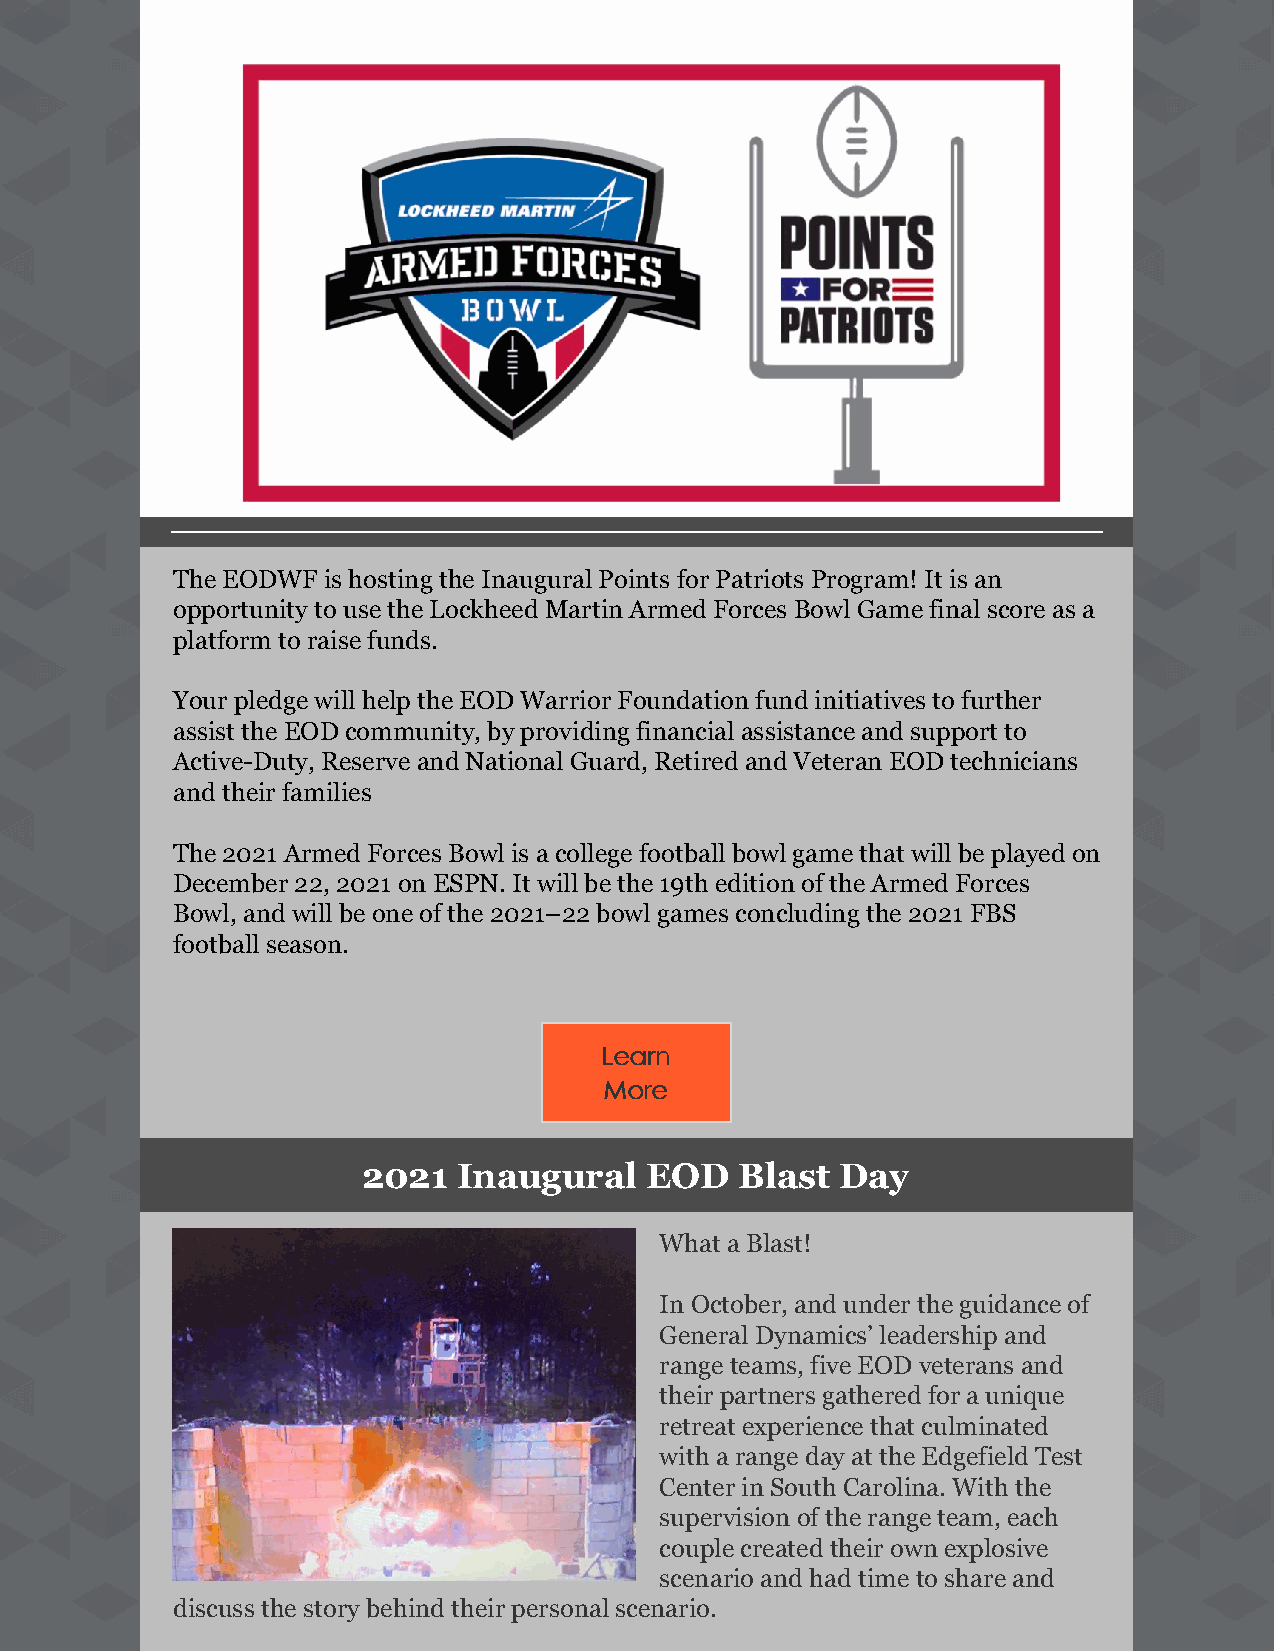
The EODWF is hosting the Inaugural Points for Patriots Program! It is an
 opportunity to use the Lockheed Martin Armed Forces Bowl Game final score as a
 platform to raise funds.
 Your pledge will help the EOD Warrior Foundation fund initiatives to further
 assist the EOD community, by providing financial assistance and support to
 Active-Duty, Reserve and National Guard, Retired and Veteran EOD technicians
 and their families
 The 2021 Armed Forces Bowl is a college football bowl game that will be played on
 December 22, 2021 on ESPN. It will be the 19th edition of the Armed Forces
 Bowl, and will be one of the 2021–22 bowl games concluding the 2021 FBS
 football season.
 LLeeaarrnn
 MMoorree
 2021  Inaugural    EOD   Blast  Day
 What a Blast!
 In October, and under the guidance of
 General Dynamics’ leadership and
 range teams, five EOD veterans and
 their partners gathered for a unique
 retreat experience that culminated
 with a range day at the Edgefield Test
 Center in South Carolina. With the
 supervision of the range team, each
 couple created their own explosive
 scenario and had time to share and
 discuss the story behind their personal scenario.